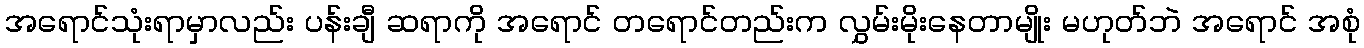
အရောင်သုံးရာမှာလည်း ပန်းချီ ဆရာကို အရောင် တရောင်တည်းက လွှမ်းမိုးနေတာမျိုး မဟုတ်ဘဲ အရောင် အစုံ